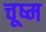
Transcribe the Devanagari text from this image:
चूष्म